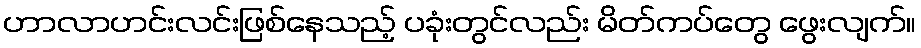
ဟာလာဟင်းလင်းဖြစ်နေသည့် ပခုံးတွင်လည်း မိတ်ကပ်တွေ ဖွေးလျက်။